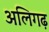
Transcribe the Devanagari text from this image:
अलिगढ़